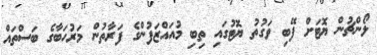
ލޯންޗުން ޔޮޓަށް ފޭބި ވަގުތު ޔޮޓުގައި ތިބި މުއައްޒަފުންގެ ފަރާތުން މަރުހަބާގެ ބަސްތައް